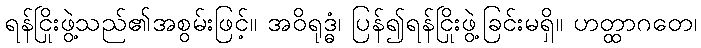
ရန်ငြိုးဖွဲ့သည်၏အစွမ်းဖြင့်။ အဝိရုဒ္ဓံ၊ ပြန်၍ရန်ငြိုးဖွဲ့ခြင်းမရှိ။ ဟတ္ထာဂတေ၊